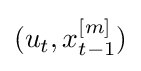
(u_{t},x_{t-1}^{[m]})